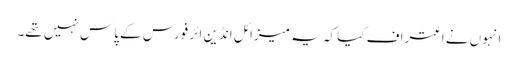
انہوں نے اعتراف کیا کہ یہ میزائل انڈین ائر فورس کے پاس نہیں تھے۔